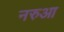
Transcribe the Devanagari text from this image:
नरुआ